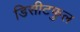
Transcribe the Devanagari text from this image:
डिसीटफुल